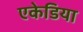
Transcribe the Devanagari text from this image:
एकेडिया